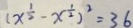
( x ^ { \frac { 1 } { 2 } } - x ^ { \frac { 1 } { 2 } } ) ^ { 2 } = 3 6